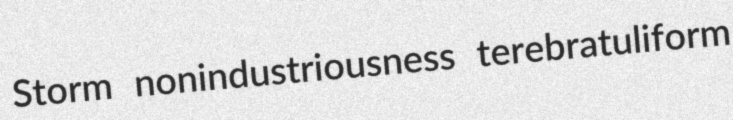
Storm nonindustriousness terebratuliform